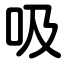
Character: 吸